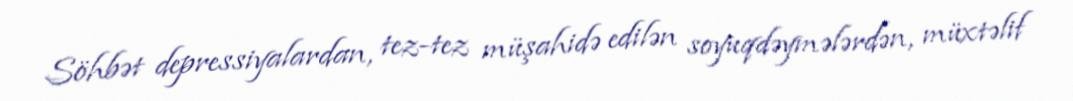
Söhbət depressiyalardan, tez-tez müşahidə edilən soyuqdəymələrdən, müxtəlif